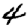
Digit: 4